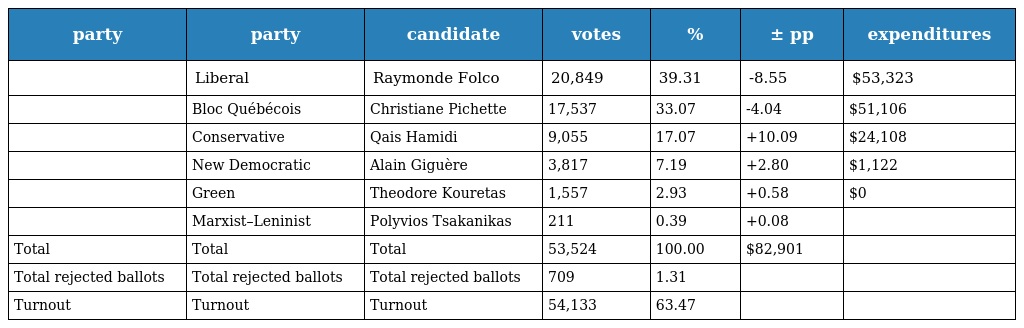
| party | party | candidate | votes | % | ± pp | expenditures |
 | --- | --- | --- | --- | --- | --- | --- |
 |  | Liberal | Raymonde Folco | 20,849 | 39.31 | -8.55 | $53,323 |
 |  | Bloc Québécois | Christiane Pichette | 17,537 | 33.07 | -4.04 | $51,106 |
 |  | Conservative | Qais Hamidi | 9,055 | 17.07 | +10.09 | $24,108 |
 |  | New Democratic | Alain Giguère | 3,817 | 7.19 | +2.80 | $1,122 |
 |  | Green | Theodore Kouretas | 1,557 | 2.93 | +0.58 | $0 |
 |  | Marxist–Leninist | Polyvios Tsakanikas | 211 | 0.39 | +0.08 |  |
 | Total | Total | Total | 53,524 | 100.00 | $82,901 |  |
 | Total rejected ballots | Total rejected ballots | Total rejected ballots | 709 | 1.31 |  |  |
 | Turnout | Turnout | Turnout | 54,133 | 63.47 |  |  |